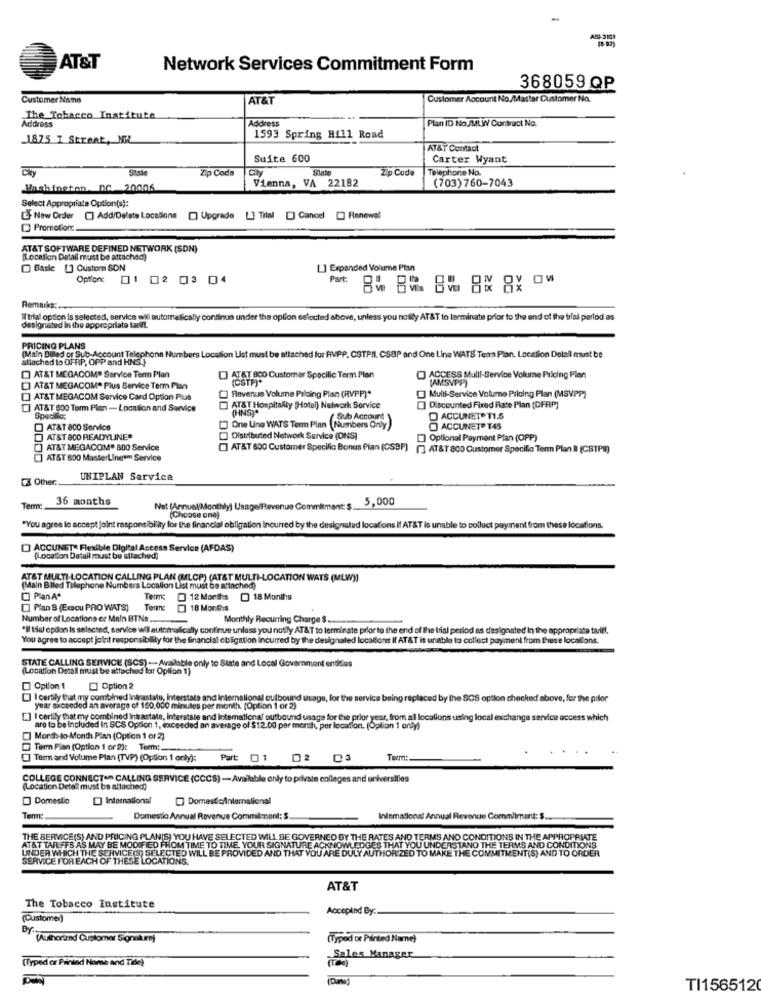
AT&T
Network Services Commitment Form
368059 QP
Customer Name
AT&T
Customer Account No./Master Customer No.
The Tobacco Institute
Address
Address
Plan ID No./MLW Contract No.
_1875 I Straat, NEL
1593 Spring Hill Road
AT&T Contact
Suite 600
Carter Wyant
Stale
Zip Code
City
Sinte
Zip Code
Telephone No.
(703)760-7043
Washington DC 20006
Vienna, VA 22182
Select Appropriate Option(s):
L' New Order [] Add/Delete Locations [] Upgrade [] Trial [] Cancel [] Renewal
Promotions
AT&T SOFTWARE DEFINED NETWORK (SDN)
Location Detall must be attached)
Basic [] Custom SDN
[] Expanded Volume Plan
Option: 1 02 03 04
Remarks:
If trial option is selected, service will automatically continus under the option selected above, unless you noilly AT&T to terminate prior to the end of the trial period as
designated in the appropriate tarift.
PRICING PLANS
attached lo OFRP, OPP and HNS.)
(Main Billed or Sub-Account Telephone Numbers Location List must be attached for FVPP, CSTPIl, CSAP and One Line WATS Tema Plan. Location Detall must be
AT&T MEGACOMP Service Term Plan
] ATAT 800 Customer Specific Term Plan
(CSTP)*
] ACCESS Mulll-Service Volume Pricing Plan
(AMSVPP)
[] AT&T MEGACOM" Plus Service Term Plan
[] AT&T MEGACOM Service Card Option Plus
] Revenus Volume Piloing Plan (RVPP)*
Multi-Service Volume Piloing Plan (MSVPP]
[] AT&T 800 Term Plan - Location and Service
AT&T Hospitality (Hotel) Network Service
(HNS)*
Discounted Fixed Rate Plan (DFAP)
Speciles
(Sub Account )
O ACCUNET® T1.5
AT&T 800 Service
]One Une WATS Term Plan (Numbers Only)
ACCUNETPT45
AT&T 800 READYLINE"
Distributed Network Service (DNS)
[] Optional Payment Plan (OPP)
AT&T MEGACOM. 800 Service
] AT&T 600 Customer Specific Bonus Plan (CSBP)
[] AT&T 800 Customer Specific Term Plan B (CSTPM)
AT&T 600 MasterLingam Service
CX Other:
UNIPLAN Service
36 months
5,000
Terme
Nat (Annuel(Monthly) Usage/Revenue Commitment: $_
(Choose one)
"You agree lo accept joint responsibility for the financial obligation incurred by the designated locations If AT&T is unable to collect payment from these locations.
ACCUNET- Flexible Digital Access Service (AFDAS)
[Location Datall must be allached)
AT&T MULTI-LOCATION CALLING PLAN (MLCP) (AT&T MULTI-LOCATION WATS (MLW))
(Maln Blled Telophone Numbers Location List must be attached)
PlanAª
Term
12 Months @ 18 Months
Plan B (Excu PRO WATS]
Terne
18 Months
Number of Locations or Maln BTNs,
Monthly Recurring Charge $ ...
*If tilal opdon is selected, service wil automatically continue unless you notify AT&T to lerminate prior to the end of the trial period as designated in the appropriate tariff.
You agree to accept joint responsibility for the financial obligation incurred by the designated locations Il AT&T is unable to collect payment from these localions.
STATE CALLING SERVICE (SCS) - Available only to State and Local Government entities
(Location Detall must be attached lat Oplion 1)
Option 1
Option 2
I certily But my combined intrastate, Interstate and international outbound Usage, for the service being replaced by the SOS option checked above, for the prior
year exceeded an average of 150,000 minutes per month. (Option 1 or 2)
[] I certily that my combined intrastate, interstate and Intemational outbound usage for the prior year, from all locations using local exchange service access which
are to be included In SCS Option 1, exceeded an average of $12.00 per month, per location. (Option 1 only)
Month- to- Month Plan (Option 1 or 2)
Tarm Plan (Option 1 or 2): Term :.
Term and Volume Plan (TVP) (Option 1 only):
Part
01 02 03
Term:
COLLEGE CONNECT- CALLING SERVICE (CCCS) -Available only to private colleges and universities
(Location Detall must be attached)
Domestic
International
Domestic/International
Term:
Domestico Annual Revenue Commitment: $.
Ininmational Annual Revenue Commliment: $.
THE SERVICE(S) AND PRICING PLAN(S) YOU HAVE SELECTED WILL BE GOVERNED BY THE RATES AND TERMS AND CONDITIONS IN THE APPROPRIATE
AT&T TARIFFS AS MAY BE MODIFIED FROM TIME TO TIME. YOUR SIGNATURE ACKNOWLEDGES THAT YOU UNDERSTAND THE TERMS AND CONDITIONS
UNDER WHICH THE SERVICE(S) SELECTED WILL BE PROVIDED AND THAT YOU ARE DULY AUTHORIZED TO MAKE THE COMMITMENT(S) AND TO ORDER
SERVICE FOR EACH OF THESE LOCATIONS.
AT&T
The Tobacco Institute
Accepted By:
(Customer)
By: (Authorized Customer Signature)
(Typed or Printed Name)
(Typed or Printed Nome and Title)
Sales Manager
(Data)
TI1565120